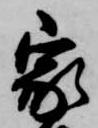
家